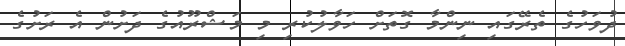
ދުވަހުގެ ތެރޭގައި ނިންމާ ގޮތަށް ހަވާލުކުރި މި މަޝްރޫއުގެ ދަށުން އެ ރަށުގެ